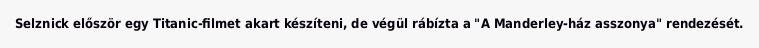
Selznick először egy Titanic-filmet akart készíteni, de végül rábízta a "A Manderley-ház asszonya" rendezését.